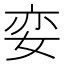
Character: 娈